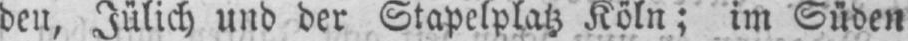
den, Jülich und der Stapelplatz Köln; im Süden